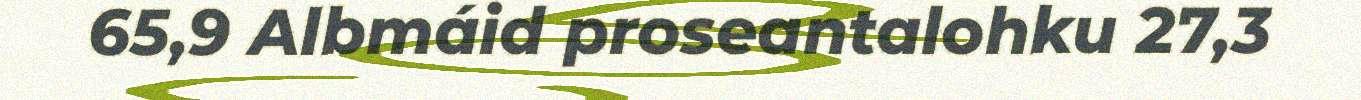
65,9 Albmáid proseantalohku 27,3